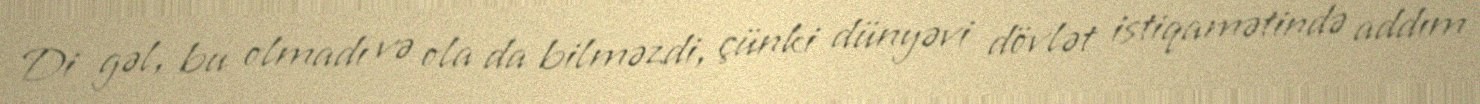
Di gəl, bu olmadı və ola da bilməzdi, çünki dünyəvi dövlət istiqamətində addım